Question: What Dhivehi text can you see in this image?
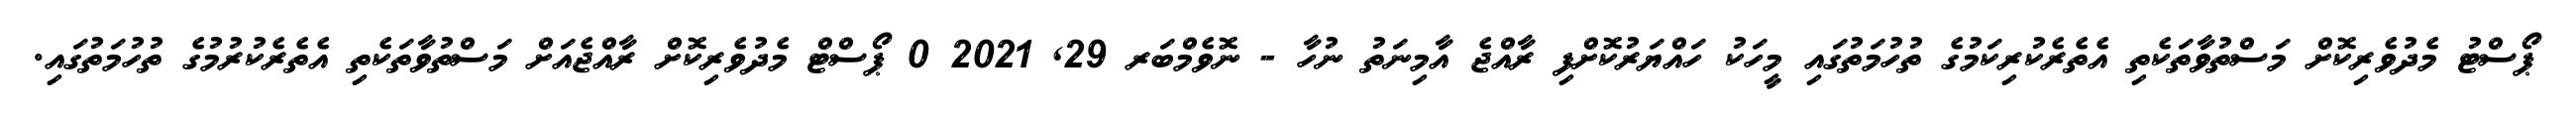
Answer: ޕޯސްޓު މެދުވެރިކޮށް މަސްތުވާތަކެތި އެތެރެކުރިކަމުގެ ތުހުމަތުގައި މީހަކު ހައްޔަރުކޮށްފި ރާއްޖެ އާމިނަތު ނުހާ - ނޮވެމްބަރ 29, 2021 0 ޕޯސްޓް މެދުވެރިކޮށް ރާއްޖެއަށް މަސްތުވާތަކެތި އެތެރެކުރުމުގެ ތުހުމަތުގައި.